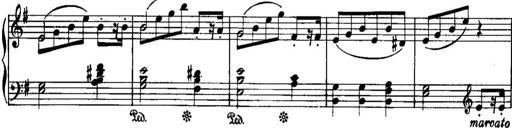
Title: Piano Sonatina No.1, Op.146
Composer: Stephen Heller